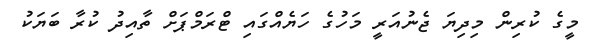
މީގެ ކުރިން މިދިޔަ ޖެނުއަރީ މަހުގެ ހަޔެއްގައި ޓްރަމްޕަށް ތާއިދު ކުރާ ބަޔަކު